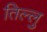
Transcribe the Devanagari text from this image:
तिल्लु